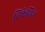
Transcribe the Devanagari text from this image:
टिफेनिस